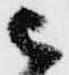
被